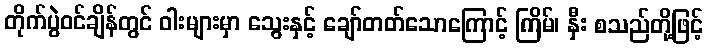
တိုက်ပွဲဝင်ချိန်တွင် ဝါးများမှာ သွေးနှင့် ချော်တတ်သောကြောင့် ကြိမ်၊ နှီး စသည်တို့ဖြင့်